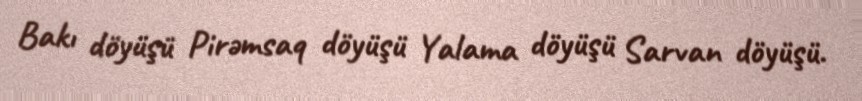
Bakı döyüşü Pirəmsaq döyüşü Yalama döyüşü Sarvan döyüşü.